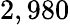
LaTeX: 2,980